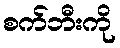
စက်ဘီးကို